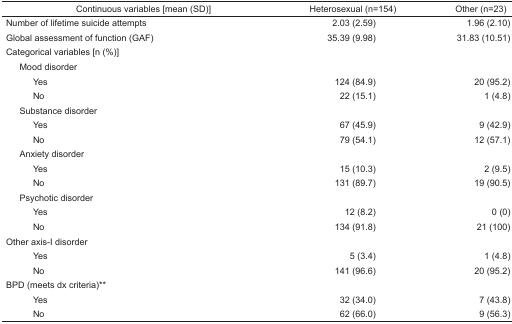
<table><thead><tr><td><b>Continuous variables [mean (SD)]</b></td><td><b>Heterosexual (n=154)</b></td><td><b>Other (n=23)</b></td></tr></thead><tbody><tr><td>Number of lifetime suicide attempts</td><td>2.03 (2.59)</td><td>1.96 (2.10)</td></tr><tr><td>Global assessment of function (GAF)</td><td>35.39 (9.98)</td><td>31.83 (10.51)</td></tr><tr><td colspan="3">Categorical variables [n (%)]</td></tr><tr><td colspan="3"> Mood disorder</td></tr><tr><td>Yes</td><td>124 (84.9)</td><td>20 (95.2)</td></tr><tr><td>No</td><td>22 (15.1)</td><td>1 (4.8)</td></tr><tr><td colspan="3"> Substance disorder</td></tr><tr><td>Yes</td><td>67 (45.9)</td><td>9 (42.9)</td></tr><tr><td>No</td><td>79 (54.1)</td><td>12 (57.1)</td></tr><tr><td colspan="3"> Anxiety disorder</td></tr><tr><td>Yes</td><td>15 (10.3)</td><td>2 (9.5)</td></tr><tr><td>No</td><td>131 (89.7)</td><td>19 (90.5)</td></tr><tr><td colspan="3"> Psychotic disorder</td></tr><tr><td>Yes</td><td>12 (8.2)</td><td>0 (0)</td></tr><tr><td>No</td><td>134 (91.8)</td><td>21 (100)</td></tr><tr><td colspan="3">Other axis-I disorder</td></tr><tr><td> Yes</td><td>5 (3.4)</td><td>1 (4.8)</td></tr><tr><td> No</td><td>141 (96.6)</td><td>20 (95.2)</td></tr><tr><td colspan="3">BPD (meets dx criteria)**</td></tr><tr><td> Yes</td><td>32 (34.0)</td><td>7 (43.8)</td></tr><tr><td> No</td><td>62 (66.0)</td><td>9 (56.3)</td></tr></tbody></table>